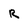
Character: R